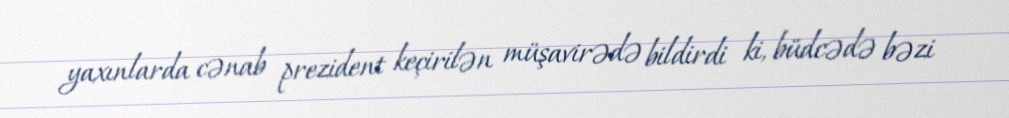
yaxınlarda cənab prezident keçirilən müşavirədə bildirdi ki, büdcədə bəzi